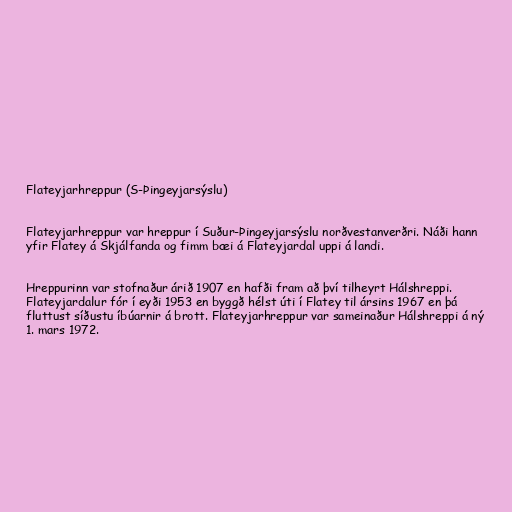
Flateyjarhreppur (S-Þingeyjarsýslu)

Flateyjarhreppur var hreppur í Suður-Þingeyjarsýslu norðvestanverðri. Náði hann
yfir Flatey á Skjálfanda og fimm bæi á Flateyjardal uppi á landi.

Hreppurinn var stofnaður árið 1907 en hafði fram að því tilheyrt Hálshreppi.
Flateyjardalur fór í eyði 1953 en byggð hélst úti í Flatey til ársins 1967 en þá
fluttust síðustu íbúarnir á brott. Flateyjarhreppur var sameinaður Hálshreppi á ný
1. mars 1972.